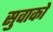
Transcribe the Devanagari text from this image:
सुवाको